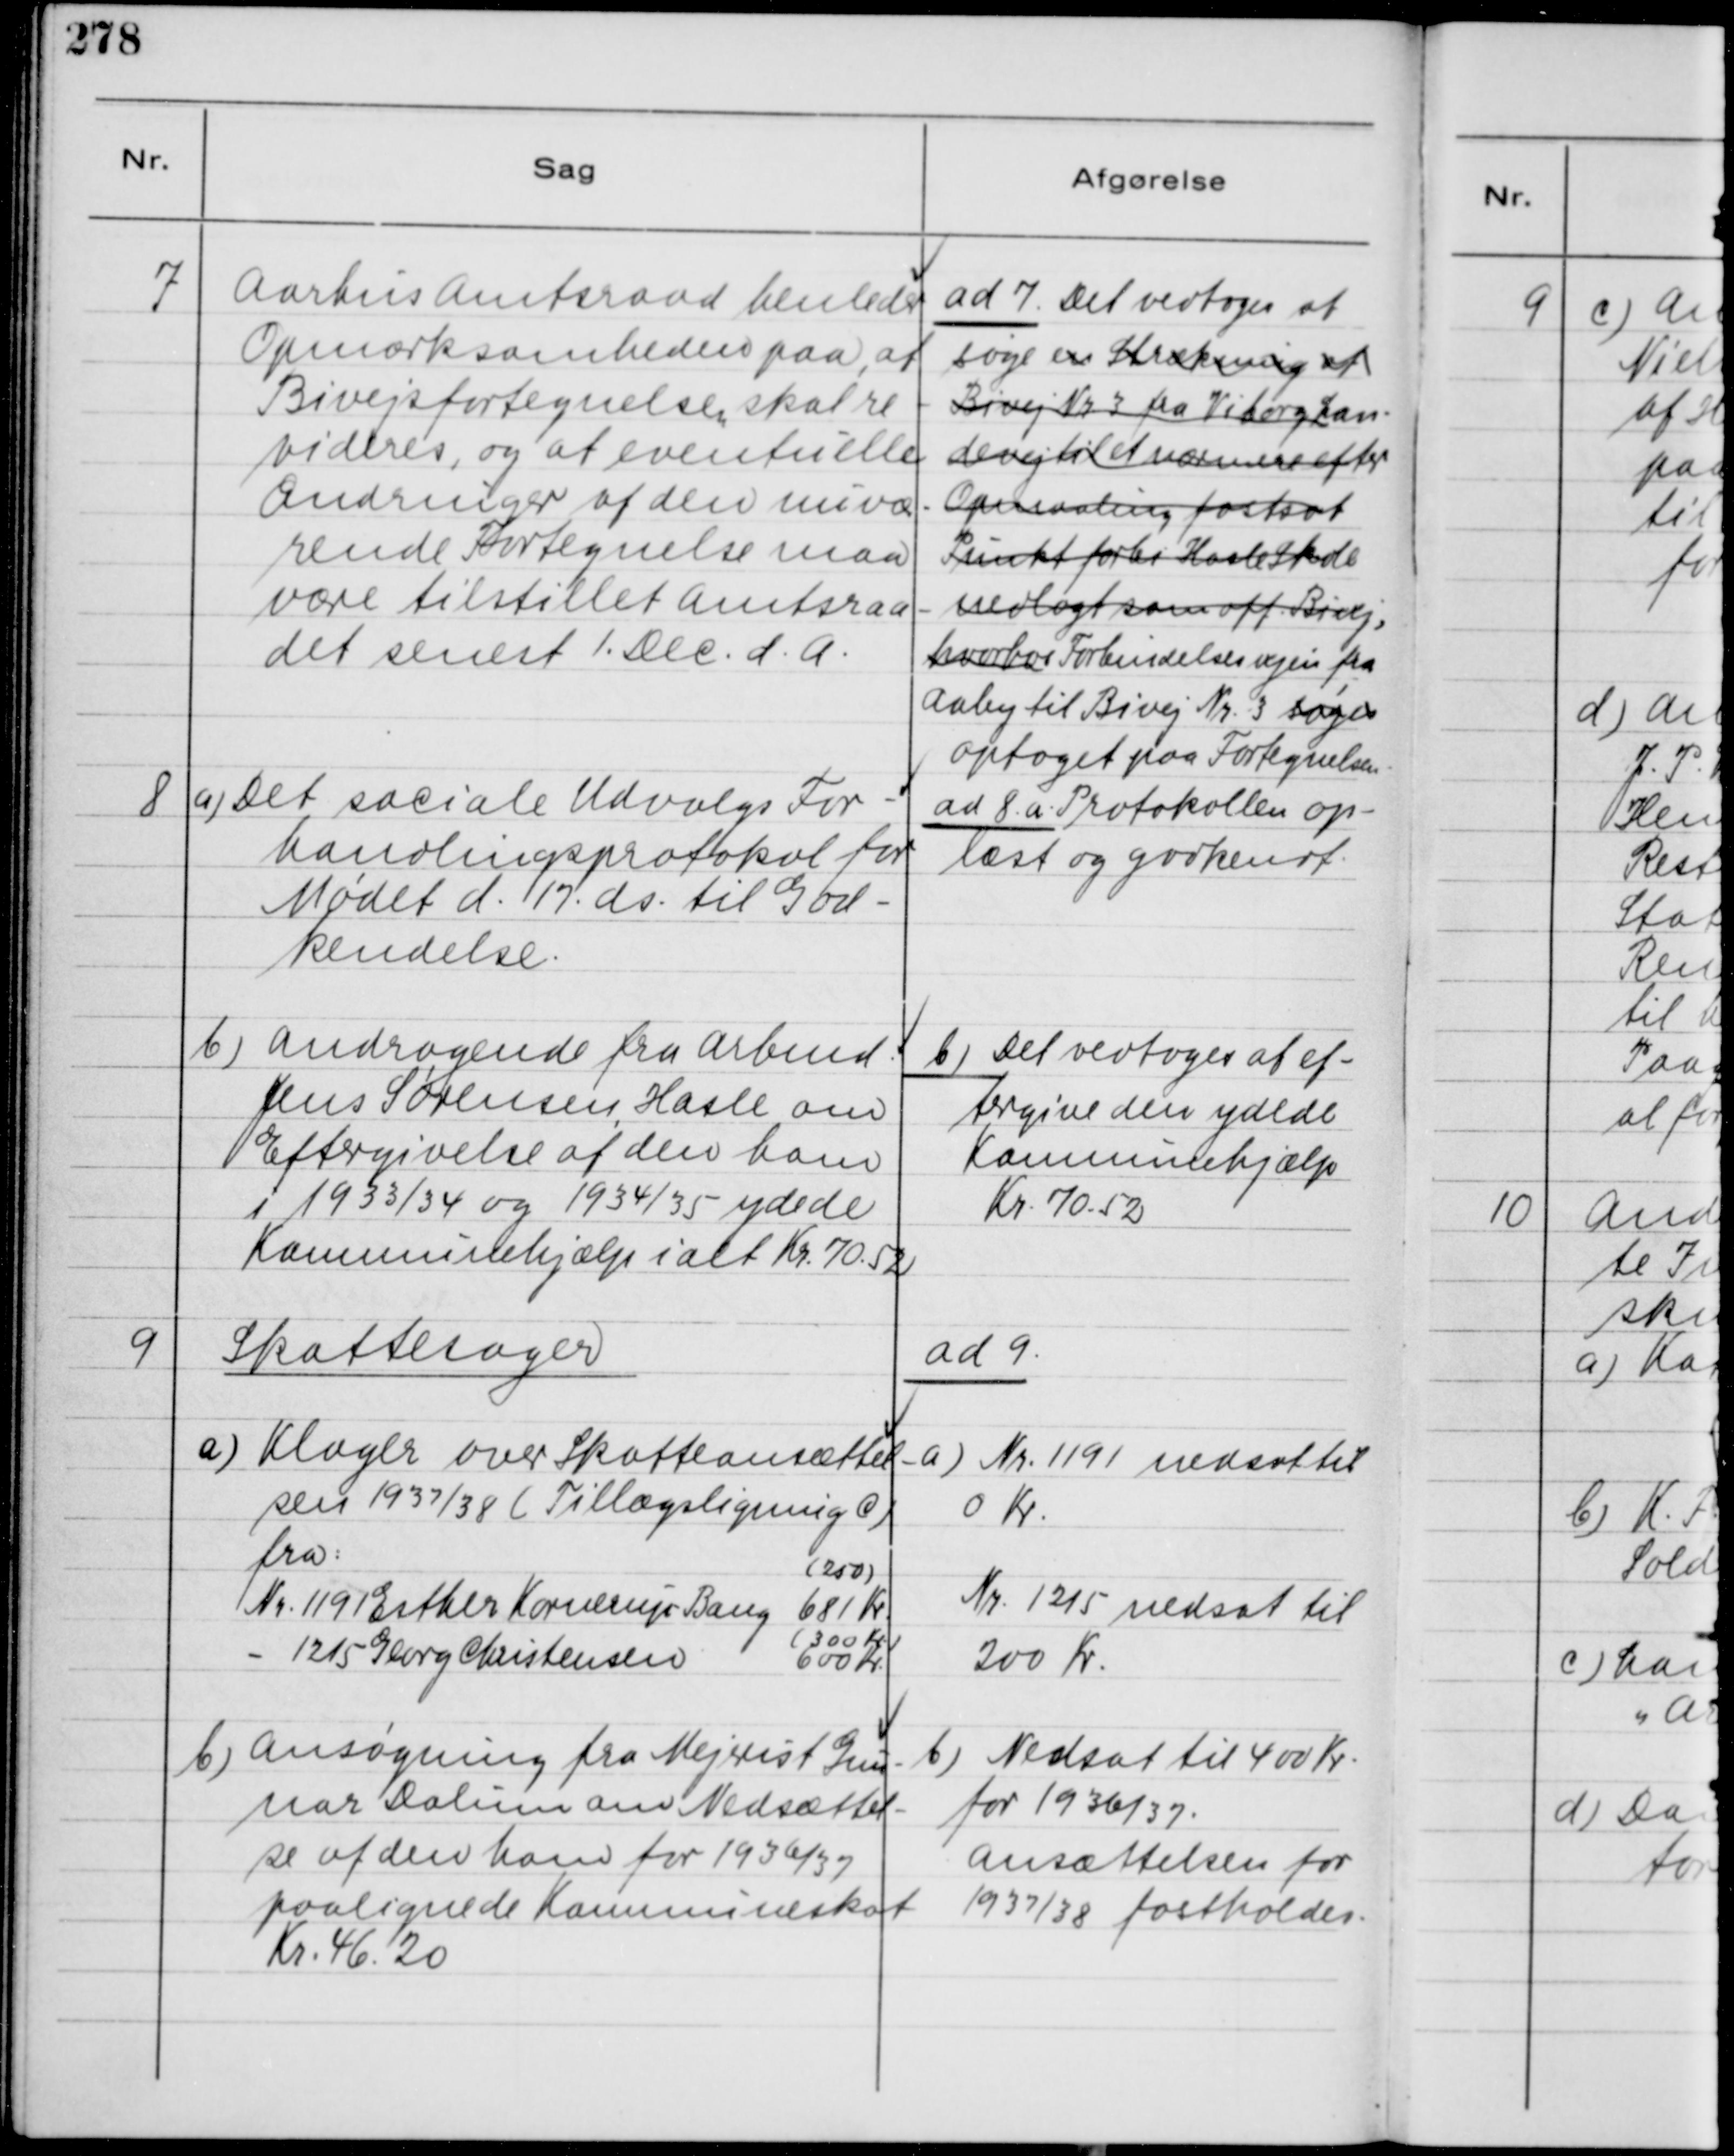
Transskription:
7
Aarhus Amtsraad henleder
Opmærksomheden paa, at
Bivejsfortegnelse, skal re-
videres, og at eventuelle
Ændringer af den nuvæ-
rende Fortegnelse maa
være tilstillet Amtsraa-
det senest 1. Dec. d. A.

ad 7. Det vedtoges at
søge en Strækning af
Bivej Nr. 3 fra Viborg Lan-
devej til et nærmere efter
Opmaaling fastsat
Punkt forbi Hasle Skole
nedlagt som off. Bivej,
hvorhos Forbindelsesvejen fra
Aaby til Bivej Nr. 3 søges
optoget paa Fortegnelsen.

8
a) Det sociale Udvalgs For-
handlingsprotokol for
Mødet d. 17. ds. til God-
kendelse.
b) Andragende fra Arbmd.
Jens Sørensen, Hasle om
Eftergivelse af den ham
i 1933/34 og 1934/35 ydede
Kommunehjælp ialt Kr. 70,52

ad 8. a. Protokollen op-
læst og godkendt.
b) Det vedtoges at ef-
tergive den ydede
Komnunehjælp
Kr. 70.52

9
Skattesager
a) Klager over Skatteansættel-
sen 1937/38 ( Tillægsligning c )
fra:
( 250 )
Nr. 1191 Esther Kornerup Bang 681 Kr.
- 1215 Georg Christensen
( 300 Kr. )
600 Kr.
ad 9.
a) Nr. 1191 nedsat til
0 Kr.
Nr. 1215 nedsat til
200 Kr.
b) Ansøgning fra Mejrist Gun-
nar Dalum om Nedsættel-
se af den ham for 1936/37
paalignede Kommuneskat
Kr. 46,20
b) Nedsat til 400 Kr.
for 1936/37.
Ansættelsen for
1937/38 fastholdes.